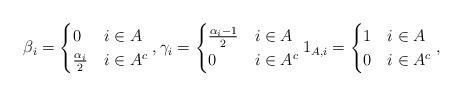
LaTeX: \begin{gather*}\beta_i=\begin{cases}0 & i\in A\\\frac{\alpha_i}{2} & i\in A^c\end{cases}, \gamma_i=\begin{cases}\frac{\alpha_i-1}{2} & i\in A\\0 & i\in A^c\end{cases} 1_{A,i}=\begin{cases}1 & i\in A\\0 & i\in A^c\end{cases},\end{gather*}